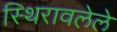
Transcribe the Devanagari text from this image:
स्थिरावलेले